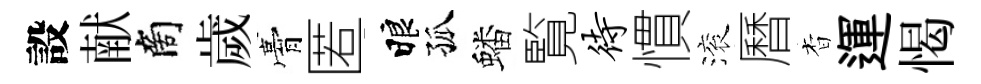
設献商歲膏匿睱孤蟠覧待慣滚曆杳運愒